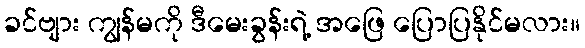
ခင်ဗျား ကျွန်မကို ဒီမေးခွန်းရဲ့ အဖြေ ပြောပြနိုင်မလား။